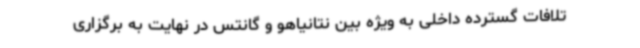
تلافات گسترده داخلی به ویژه بین نتانیاهو و گانتس در نهایت به برگزاری